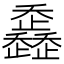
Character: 𣦴